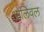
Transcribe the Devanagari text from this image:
ओलिवल